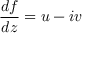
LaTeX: { \frac { d f } { d z } } = u - i v